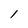
Character: 1